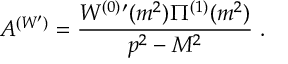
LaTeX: { \cal A } ^ { ( W ^ { \prime } ) } = \frac { W ^ { ( 0 ) } { } ^ { \prime } ( m ^ { 2 } ) \Pi ^ { ( 1 ) } ( m ^ { 2 } ) } { p ^ { 2 } - M ^ { 2 } } \; .